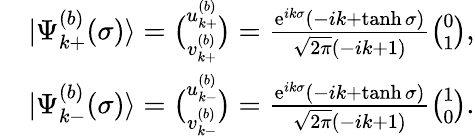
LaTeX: \begin{array}{rl}&{|\Psi_{k+}^{(b)}(\sigma)\rangle=\binom{u_{k+}^{(b)}}{v_{k+}^{(b)}}=\frac{\mathrm{e}^{ik\sigma}(-ik+\operatorname{tanh}\sigma)}{\sqrt{2\pi}(-ik+1)}\binom{0}{1},}\\ &{|\Psi_{k-}^{(b)}(\sigma)\rangle=\binom{u_{k-}^{(b)}}{v_{k-}^{(b)}}=\frac{\mathrm{e}^{ik\sigma}(-ik+\operatorname{tanh}\sigma)}{\sqrt{2\pi}(-ik+1)}\binom{1}{0}.}\end{array}